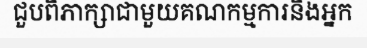
ជួបពិភាក្សាជាមួយគណកម្មការនិងអ្នក